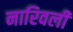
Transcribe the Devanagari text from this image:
नारिवली